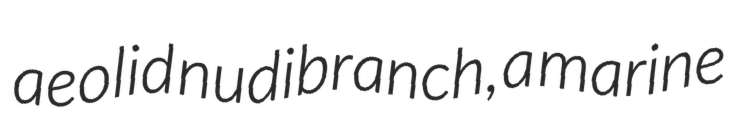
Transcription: aeolid nudibranch, a marine